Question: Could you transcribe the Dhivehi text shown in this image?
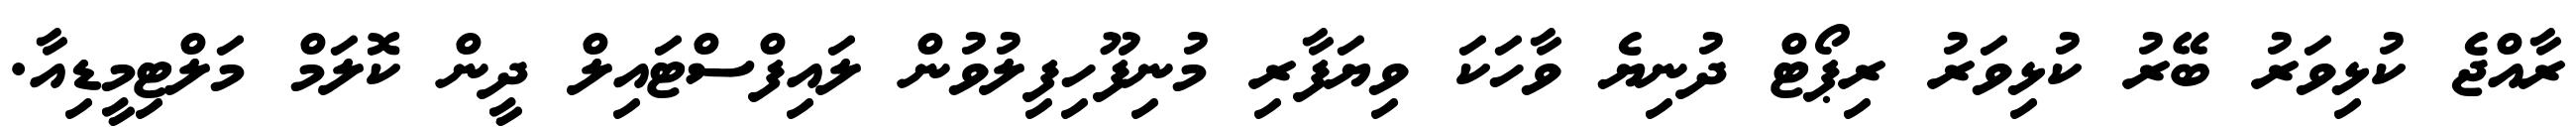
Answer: ރާއްޖެ ކުޅިވަރު ބޭރު ކުޅިވަރު ރިޕޯޓް ދުނިޔެ ވާހަކަ ވިޔަފާރި މުނިފޫހިފިލުވުން ލައިފްސްޓައިލް ދީން ކޮލަމް މަލްޓިމީޑިއާ.